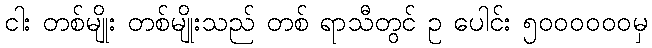
ငါး တစ်မျိုး တစ်မျိုးသည် တစ် ရာသီတွင် ဥ ပေါင်း ၅၀၀၀၀၀၀မှ